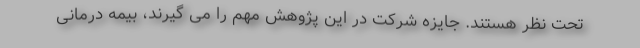
تحت نظر هستند. جایزه شرکت در این پژوهش مهم را می گیرند، بیمه درمانی